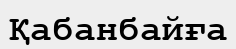
Қабанбайға